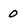
Character: 0